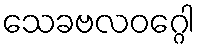
သေခဗလဝဂ္ဂေါ